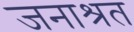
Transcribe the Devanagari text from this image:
जनाश्रत